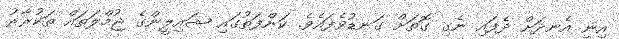
އިނީ އެނދަށް ދެފައި ނެގި ގޮތަށް ގަނޑުވެފައެވެ. ކަންފަތުގައި ޝައިލީންގެ ޖުމްލަތައް ތަކުރާރު